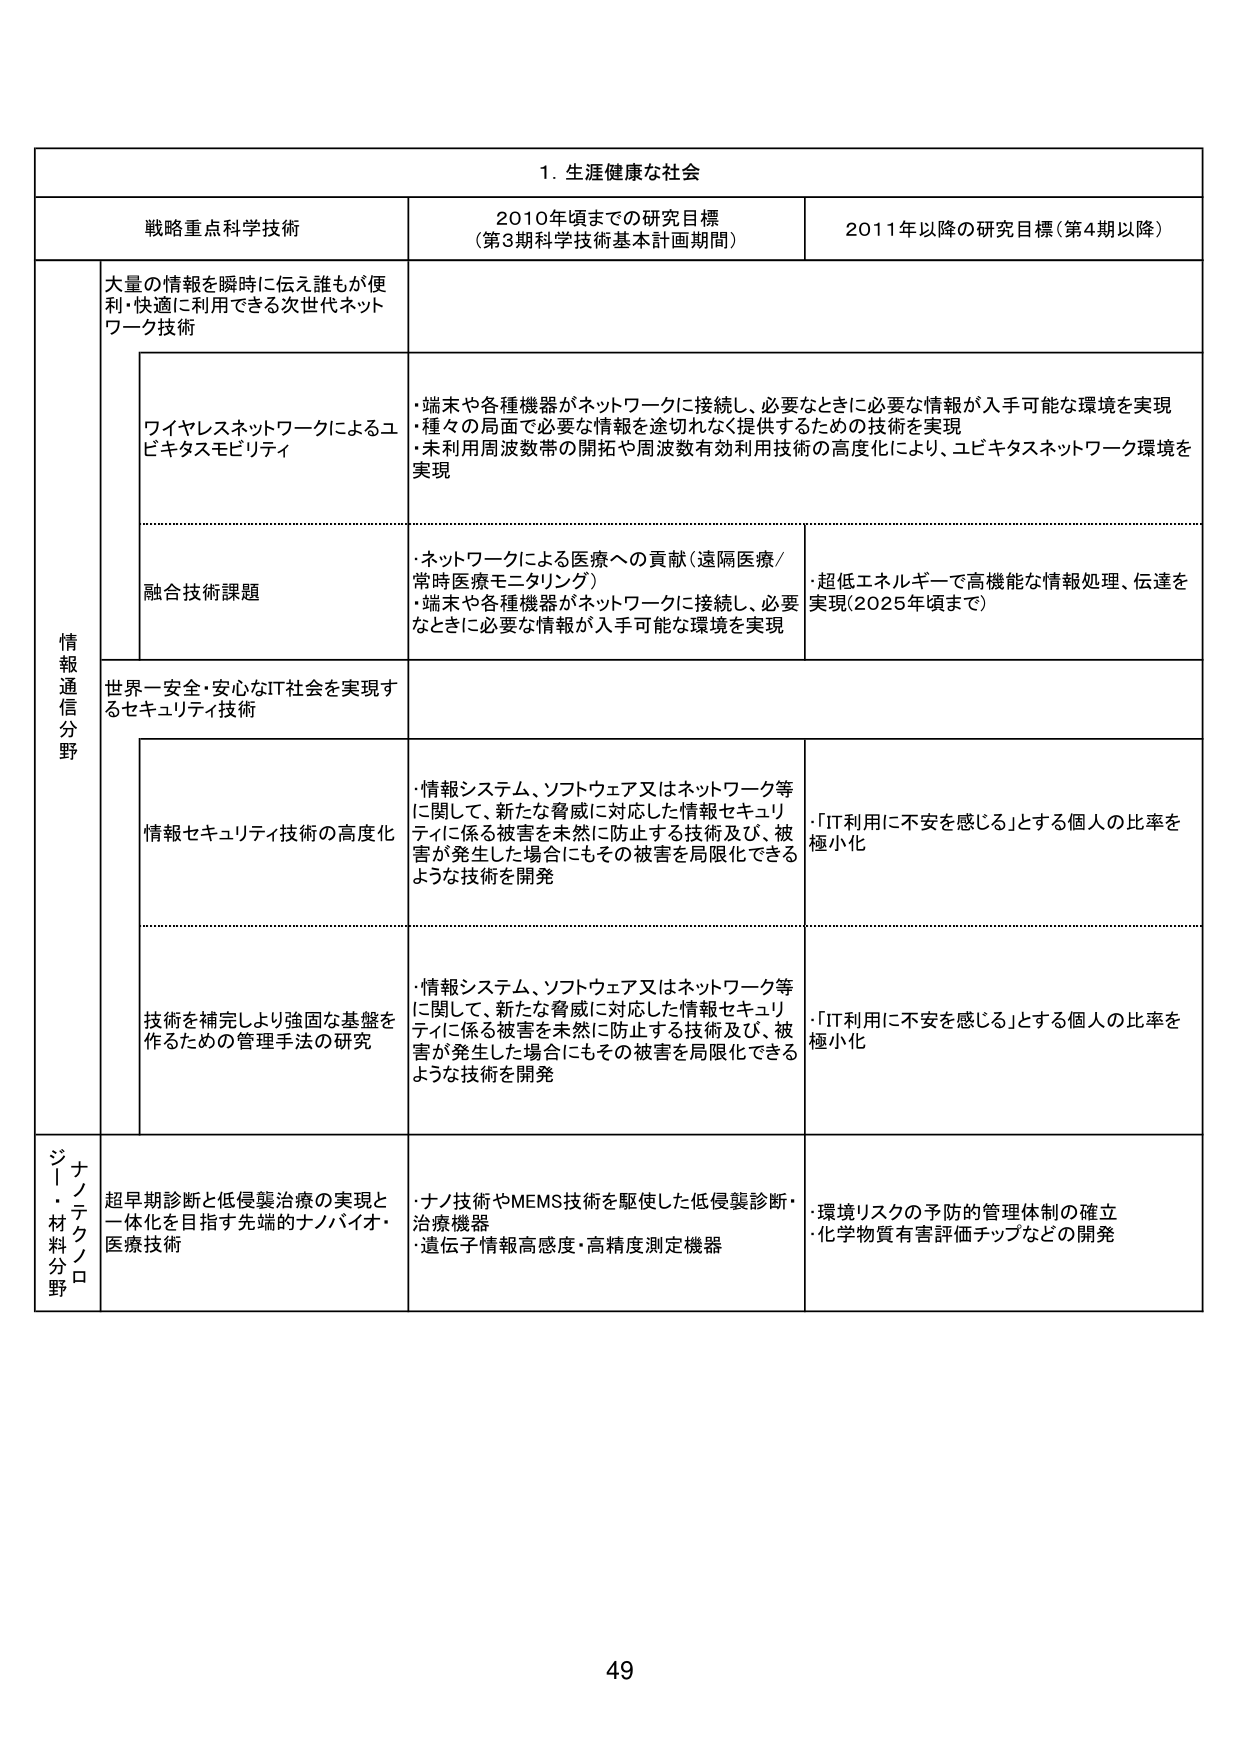
1. 生涯健康な社会

戦略重点科学技術 2010年頃までの研究目標 （第3期科学技術基本計画期間） 2011年以降の研究目標（第4期以降）

情報通信分野

大量の情報を瞬時に伝え誰もが便利・快適に利用できる次世代ネットワーク技術

ワイヤレスネットワークによるユビキタスモビリティ
・端末や各種機器がネットワークに接続し、必要なときに必要な情報が入手可能な環境を実現
・種々の局面で必要な情報を途切れなく提供するための技術を実現
・未利用周波数帯の開拓や周波数有効利用技術の高度化により、ユビキタスネットワーク環境を実現

融合技術課題
・ネットワークによる医療への貢献（遠隔医療／常時医療モニタリング）
・端末や各種機器がネットワークに接続し、必要 なときに必要な情報が入手可能な環境を実現
・超低エネルギーで高機能な情報処理、伝達を 実現（2025年頃まで）

世界一安全・安心なIT社会を実現するセキュリティ技術

情報セキュリティ技術の高度化
・情報システム、ソフトウェア又はネットワーク等 に関して、新たな脅威に対応した情報セキュリ ティに係る被害を未然に防止する技術及び、被 害が発生した場合にもその被害を局限化できる ような技術を開発
・「IT利用に不安を感じる」とする個人の比率を 極小化

技術を補完しより強固な基盤を作 るための管理手法の研究
・情報システム、ソフトウェア又はネットワーク等 に関して、新たな脅威に対応した情報セキュリ ティに係る被害を未然に防止する技術及び、被 害が発生した場合にもその被害を局限化できる ような技術を開発
・「IT利用に不安を感じる」とする個人の比率を 極小化

ナノ・テクノロジー・材料分野

超早期診断と低侵襲治療の実現と 一体化を目指す先端的ナノバイオ・ 医療技術
・ナノ技術やMEMS技術を駆使した低侵襲診断・ 治療機器
・遺伝子情報高感度・高精度測定機器
・環境リスクの予防的管理体制の確立
・化学物質有害評価チップなどの開発

49